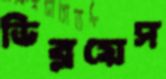
ডিব্লয়েস